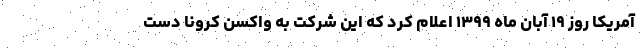
آمریکا روز ۱۹ آبان ماه ۱۳۹۹ اعلام کرد که این شرکت به واکسن کرونا دست